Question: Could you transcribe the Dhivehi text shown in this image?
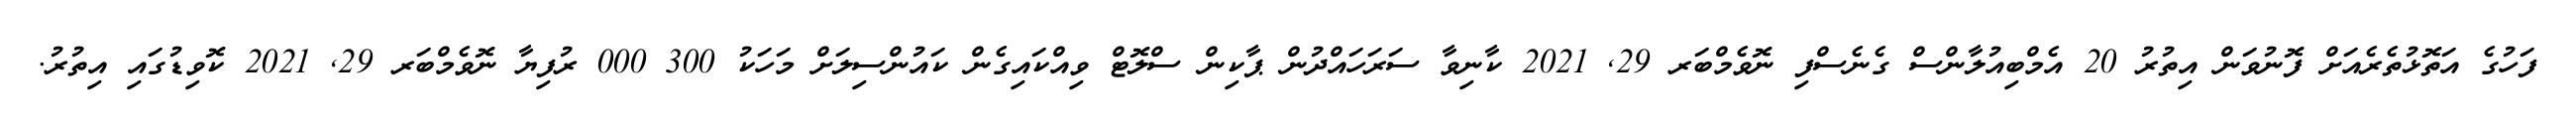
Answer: ފަހުގެ އަތޮޅުތެރެއަށް ފޮނުވަން އިތުރު 20 އެމްބިއުލާންސް ގެނެސްފި ނޮވެމްބަރ 29, 2021 ކާނިވާ ސަރަހައްދުން ޕާކިން ސްލޮޓް ވިއްކައިގެން ކައުންސިލަށް މަހަކު 300 000 ރުފިޔާ ނޮވެމްބަރ 29, 2021 ކޮވިޑުގައި އިތުރު.